Sanitation, dispensaries and jails vaccination Rajputana 1922-1927 - 1922-1927
Year: 1922
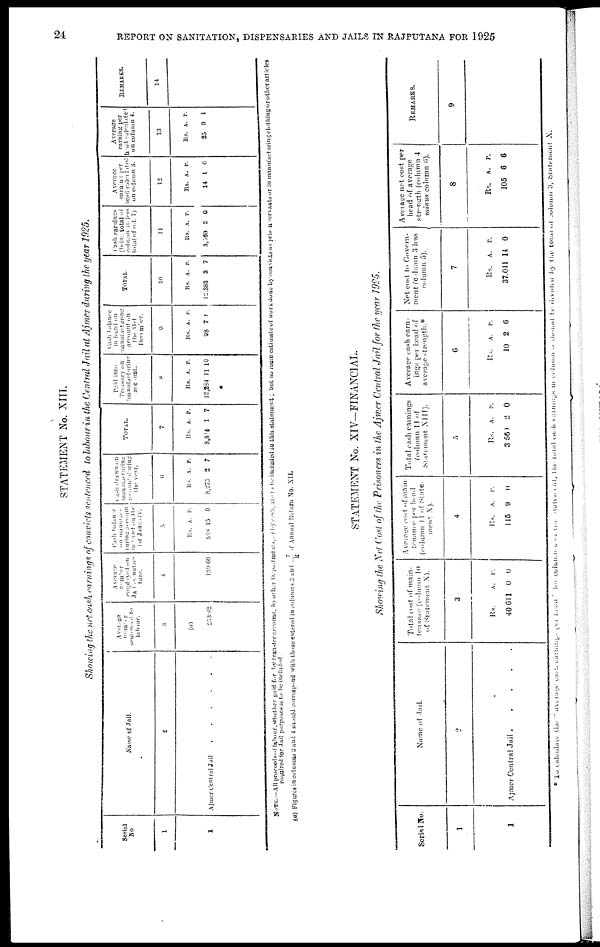
24
REPORT ON SANITATION, DISPENSARIES AND JAILS IN RAJPUTANA FOR 1925
STATEMENT No. XIII.
Showing the net cash earnings of convicts sentenced to labour in the Central Jail at Ajmer during the year 1925.
Serial
No
1
1
Name of Jail.
2
Ajmer Central Jail
Average
number
sentenced
to
labour.
3
(a)
253.82
Average
number
employed on
Jail
manufac-
ture.
4
139.60
Cash balance
on manufac-
turing account
in hand on the
1st January.
5
Rs.
538
A.
15
P.
0
Cash drawn on
manufacturing
account
during
the year.
6
Rs.
8,273
A.
2
P.
7
TOTAL.
7
Rs.
8,814
A.
1
P.
7
Paid into
Treasury on
manufacturing
account.
8
Rs.
12,284
A.
11
P.
10
Cash balance
in hand
on
manufacturing
account on
the 31st
December.
9
Rs.
98
A.
7
P.
1
TOTAL.
10
Rs.
12,383
A.
3
P.
7
Cash earnings
(being total of
column t o less
total of col. 7)
11
Rs.
3,369
A.
2
P.
0
Average
earning per
head calculated
on column 3.
12
Rs.
14
A.
1
P.
0
Average
earning per
head calculated
on column 4.
13
Rs.
25
A.
9
P.
1
REMARKS.
14
NOTE—All proceeds of labour, whether paid for by transfer account, by other Departments, or by cash are to be included in this statement ; but no mere estimate of work done by convicts as prison servants or in manufacturing clothing or other articles
required for Jail purposes is to be included.
(a) Figures in columns 3 and 4 should correspond with those entered in columns 3 and 7/k of Annual Return No. XII.
STATEMENT No. XIV-FINANCIAL.
Showing the Net Cost of the Prisoners in the Ajmer Central Jail for the year 1925.
Serial No.
1
1
Name of Jail.
2
Ajmer Central Jail .
.
.
.
.
Total cost of main-
tenance (column
10
of Statement X).
3
Rs.
40,611
A.
0
P.
0
Average cost of main-
tenance per head
(column 11 of State-
ment X).
4
Rs.
115
A.
9
P.
0
Total cash earnings
(column 11 of
Statement XIII).
5
Rs.
3,560
A.
2
P.
0
Average cash earn-
ings per head of
average strength.*
6
Rs.
10
A.
2
P.
6
Net cost to Govern-
ment (column 3 less
column 5).
7
Rs.
37,041
A.
14
P.
0
Average net cost per
head of average
strength (column 4
minus column 6).
8
Rs.
105
A.
6
P.
6
REMARKS.
9
* To calculate the "average cash earnings per head " for column 6 of the statement, the total cash earnings in column 5 should be divided by the total of column 3, Statement X.